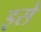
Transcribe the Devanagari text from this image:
इसे